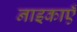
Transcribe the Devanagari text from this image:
नाइकाएँ